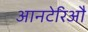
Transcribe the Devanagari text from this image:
आनटेरिऔ